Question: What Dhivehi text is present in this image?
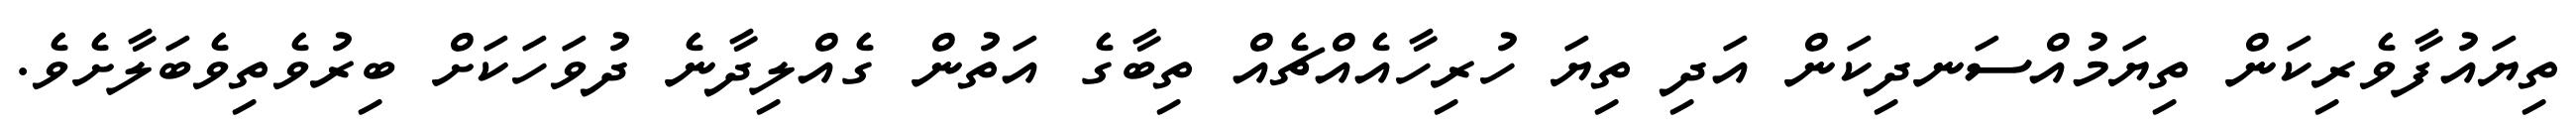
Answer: ތިޔައުފާވެރިކަން ތިޔަމުއްސަނދިކަން އަދި ތިޔަ ހުރިހާއެއްޗެއް ތިބާގެ އަތުން ގެއްލިދާނެ ދުވަހަކަށް ބިރުވެތިވެބަލާށެވެ.